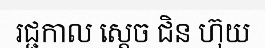
រជ្ជកាល ស្តេច ជិន ហ៊ុយ